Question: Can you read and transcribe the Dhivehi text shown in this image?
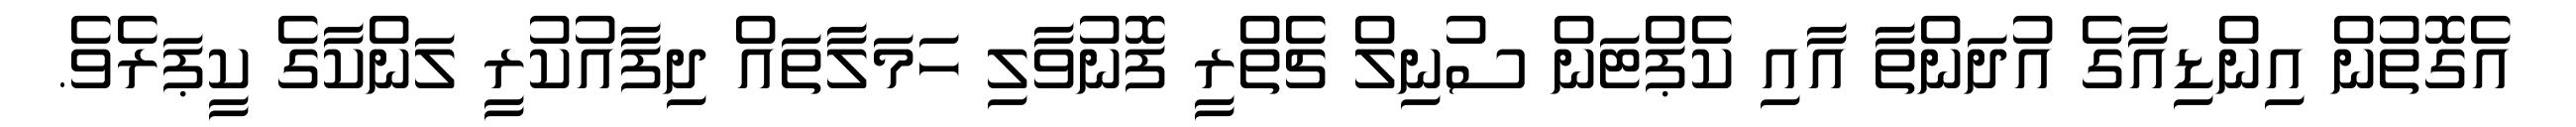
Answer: އެގޮތުން އިންޑިއާގެ އުދަންތާ އާއި ކެޕްޓަން ސުނިލް ޗެތްރީ ފޮނުވާލި ހަމަލާތައް ދިފާއުކުރީ ލަންކާގެ ކީޕަރެވެ.